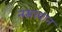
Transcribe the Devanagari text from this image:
नसरवान